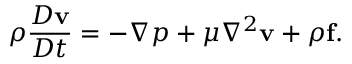
\rho { \frac { D \mathbf { v } } { D t } } = - \nabla p + \mu \nabla ^ { 2 } \mathbf { v } + \rho \mathbf { f } .